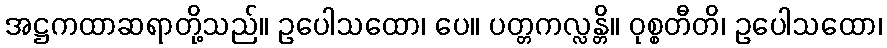
အဋ္ဌကထာဆရာတို့သည်။ ဥပေါသထော၊ ပေ။ ပတ္တကလ္လန္တိ။ ဝုစ္စတီတိ၊ ဥပေါသထော၊